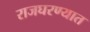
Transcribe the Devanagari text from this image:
राजघरण्यात